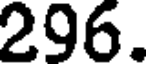
296.